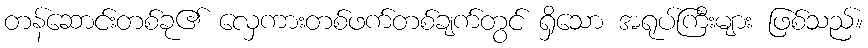
တန်ဆောင်းတစ်ခု၏ လှေကားတစ်ဖက်တစ်ချက်တွင် ရှိသော အရုပ်ကြီးများ ဖြစ်သည်။